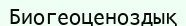
Биогеоценоздық